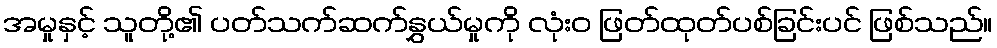
အမှုနှင့် သူတို့၏ ပတ်သက်ဆက်နွှယ်မှုကို လုံးဝ ဖြတ်ထုတ်ပစ်ခြင်းပင် ဖြစ်သည်။